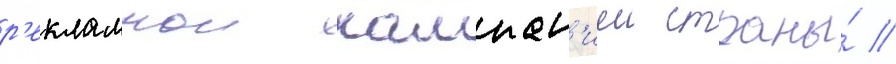
р'екламнои кампан'иеи страны́ //